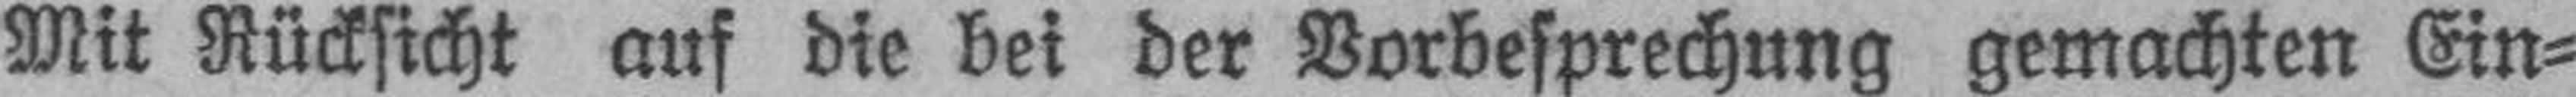
Mit Rücksicht auf die bei der Vorbesprechung gemachten Ein¬